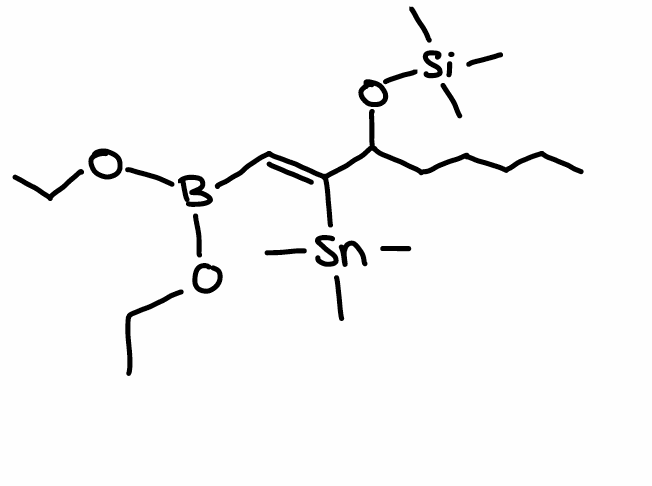
Simplified molecular-input line-entry system (SMILES) notation of the given molecule:
B(/C=C(/C(CCCCC)O[Si](C)(C)C)\[Sn](C)(C)C)(OCC)OCC